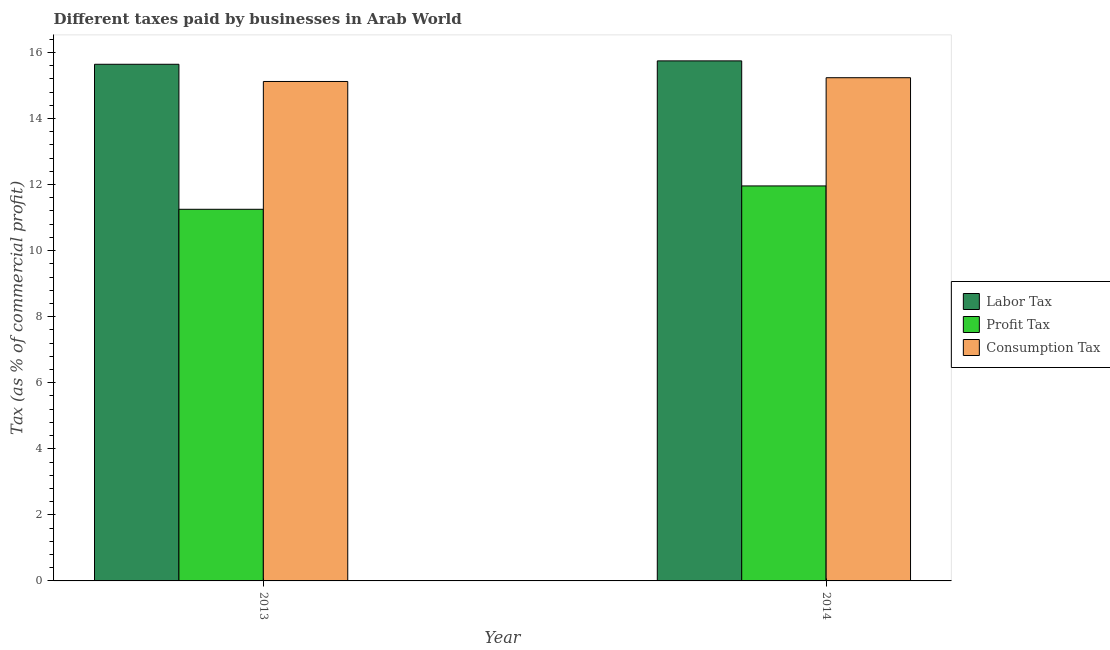
| Year | Labor Tax | Profit Tax | Consumption Tax |
 | --- | --- | --- | --- |
 | 2013 | 15.6 | 11.2 | 15.1 |
 | 2014 | 15.7 | 12 | 15.2 |